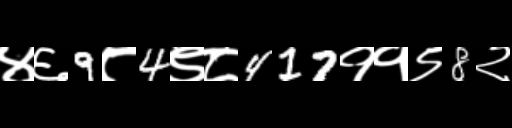
Text: ४६9८4९८417११९8२